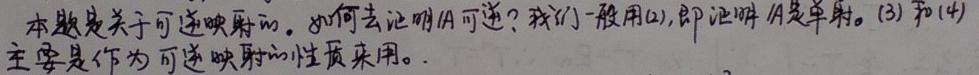
本题是关于可逆映射的。如何去证明\(A\)可逆？我们一般用(2)，即证明\(A\)是单射。(3)和(4)主要是作为可逆映射的性质来用。